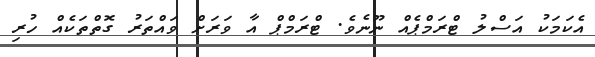
އެކަމަކު އަސްލު ޓްރަމްޕެއް ނޫނެވެ. ޓްރަމްޕް އާ ވަރަށް ވައްތަރު ގޮތްތަކެއް ހުރި